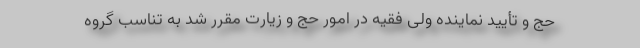
حج و تأیید نماینده ولی فقیه در امور حج و زیارت مقرر شد به تناسب گروه